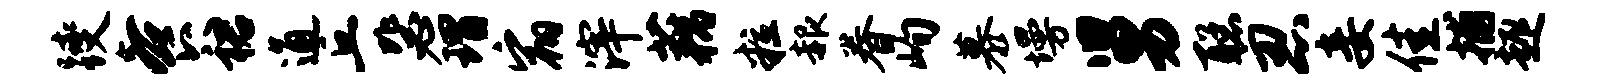
躞餐裙通丘毖瑁宿滓藕粒赧眷峋慕墁舅聪忍妾佳捕趣